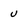
Character: u